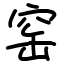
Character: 窑